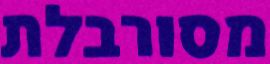
מסורבלת